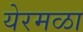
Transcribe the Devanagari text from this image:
येरमळा